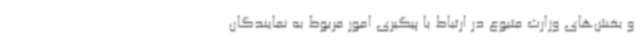
و بخش‌های وزارت متبوع در ارتباط با پیگیری امور مربوط به نمایندگان